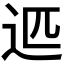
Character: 𰺴